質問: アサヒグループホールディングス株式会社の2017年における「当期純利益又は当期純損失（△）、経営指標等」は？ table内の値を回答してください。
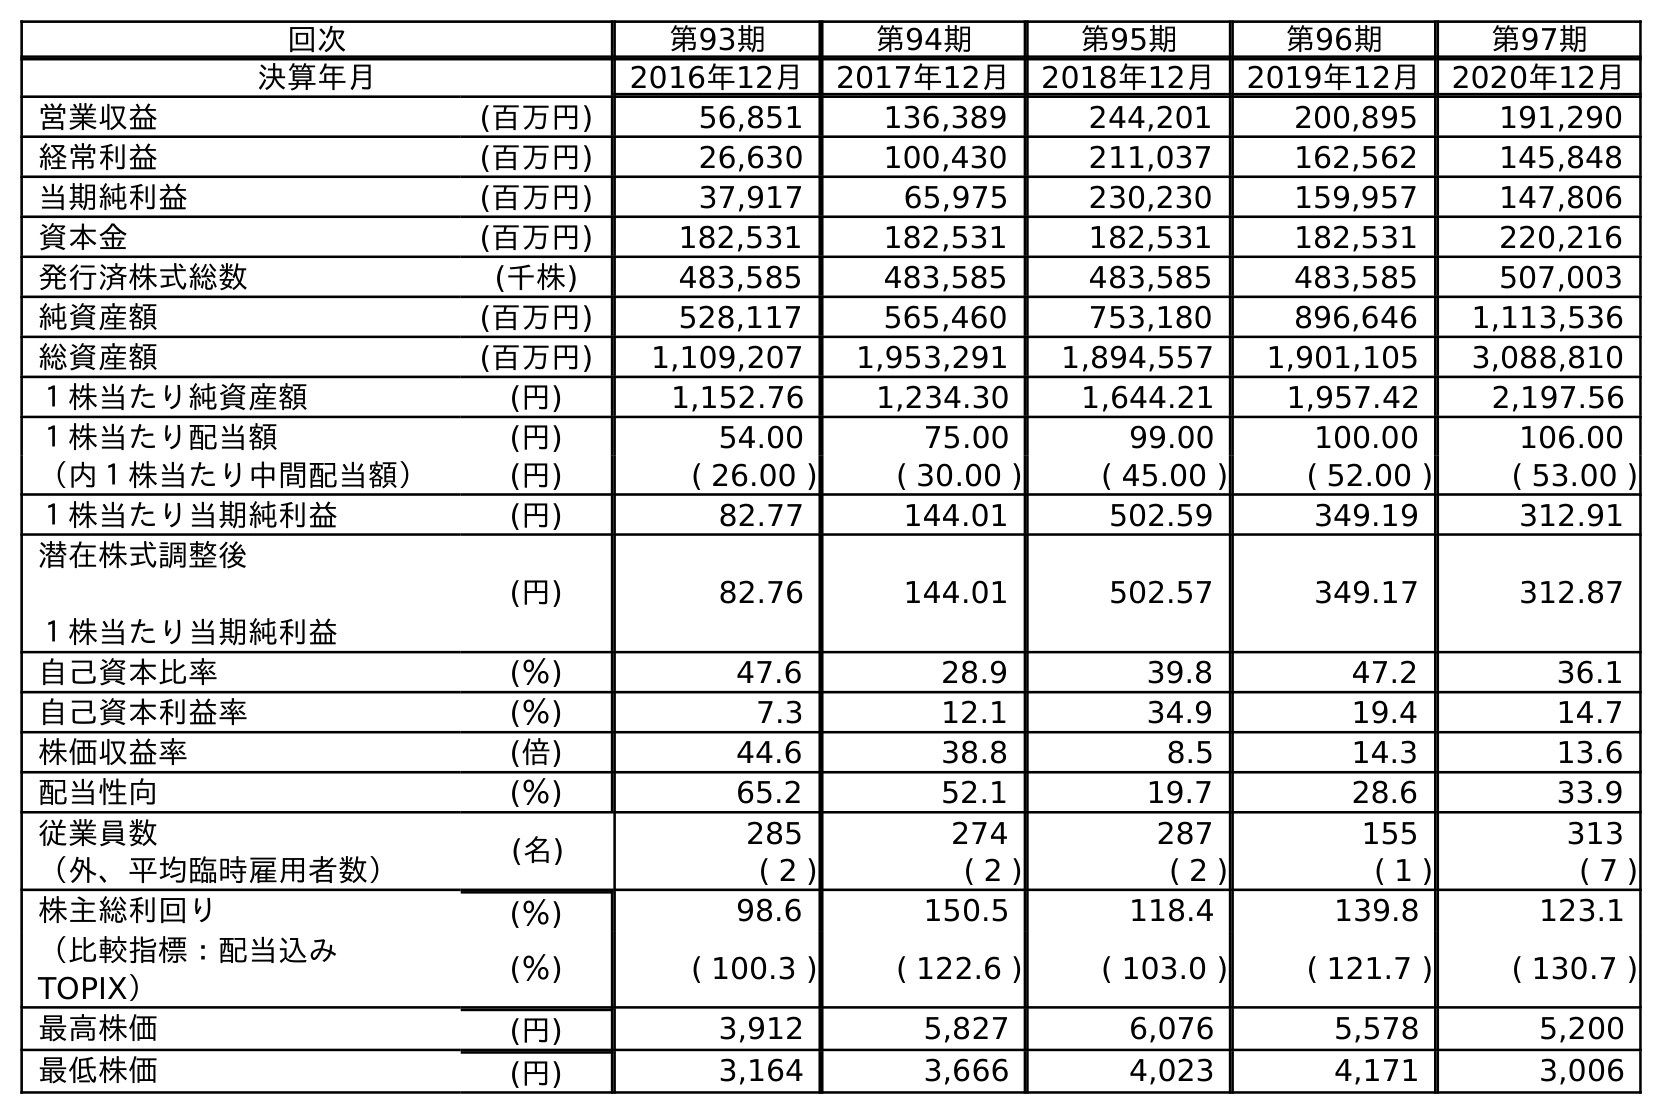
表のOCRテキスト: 回次 第93期 第94期 第95期 第96期 第97期 決算年月 2016年12月 2017年12月 2018年12月 2019年12月 2020年12月 営業収益 (百万円) 56,851 136,389 244,201 200,895 191,290 経常利益 (百万円) 26,630 100,430 211,037 162,562 145,848 当期純利益 (百万円) 37,917 65,975 230,230 159,957 147,806 資本金 (百万円) 182,531 182,531 182,531 182,531 220,216 発行済株式総数 (千株) 483,585 483,585 483,585 483,585 507,003 純資産額 (百万円) 528,117 565,460 753,180 896,646 1,113,536 総資産額 (百万円) 1,109,207 1,953,291 1,894,557 1,901,105 3,088,810 １株当たり純資産額 (円) 1,152.76 1,234.30 1,644.21 1,957.42 2,197.56 １株当たり配当額 (円) 54.00 75.00 99.00 100.00 106.00 （内１株当たり中間配当額） (円) ( 26.00 ) ( 30.00 ) ( 45.00 ) ( 52.00 ) ( 53.00 ) １株当たり当期純利益 (円) 82.77 144.01 502.59 349.19 312.91 潜在株式調整後 １株当たり当期純利益 (円) 82.76 144.01 502.57 349.17 312.87 自己資本比率 (％) 47.6 28.9 39.8 47.2 36.1 自己資本利益率 (％) 7.3 12.1 34.9 19.4 14.7 株価収益率 (倍) 44.6 38.8 8.5 14.3 13.6 配当性向 (％) 65.2 52.1 19.7 28.6 33.9 従業員数 (名) 285 274 287 155 313 （外、平均臨時雇用者数） ( 2 ) ( 2 ) ( 2 ) ( 1 ) ( 7 ) 株主総利回り (％) 98.6 150.5 118.4 139.8 123.1 （比較指標：配当込み TOPIX） (％) ( 100.3 ) ( 122.6 ) ( 103.0 ) ( 121.7 ) ( 130.7 ) 最高株価 (円) 3,912 5,827 6,076 5,578 5,200 最低株価 (円) 3,164 3,666 4,023 4,171 3,006
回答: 65,975